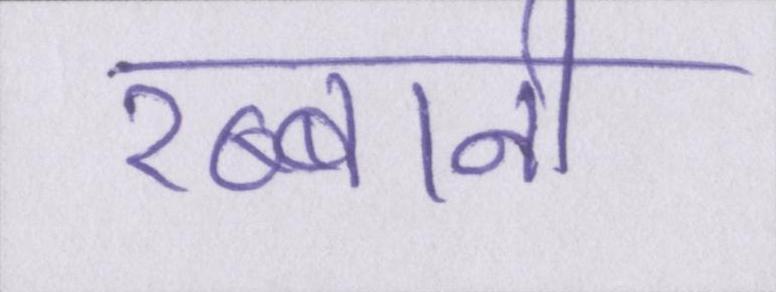
रब्बानी